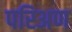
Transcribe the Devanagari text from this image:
परिअण